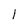
Character: l